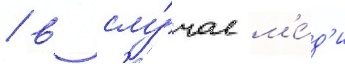
/ в слу́чае м'е́д'и